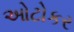
ઓટોકર